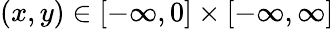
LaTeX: (x,y)\in[-\infty,0]\times[-\infty,\infty]